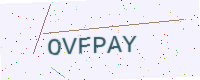
Text: OVFPAY